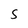
Character: 5